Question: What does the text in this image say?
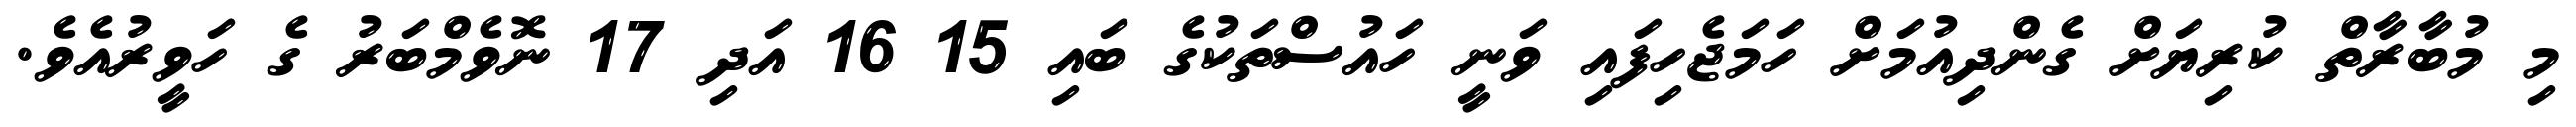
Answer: މި މުބާރާތް ކުރިޔަށް ގެންދިއުމަށް ހަމަޖެހިފައި ވަނީ ހައުސްތަކުގެ ބައި 15 16 އަދި 17 ނޮވެމްބަރު ގެ ހަވީރުއެވެ.